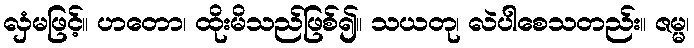
လှံမဖြင့်။ ဟတော၊ ထိုးမိသည်ဖြစ်၍။ သယတု၊ လဲပါစေသတည်း။ ဇမ္မ၊